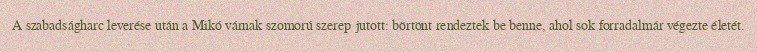
A szabadságharc leverése után a Mikó várnak szomorú szerep jutott: börtönt rendeztek be benne, ahol sok forradalmár végezte életét.